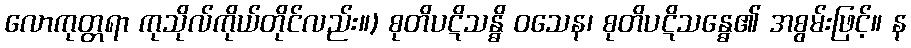
လောကုတ္တရာ ကုသိုလ်ကိုယ်တိုင်လည်း။) စုတိပဋိသန္ဓိ ဝသေန၊ စုတိပဋိသန္ဓေ၏ အစွမ်းဖြင့်။ န